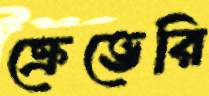
ক্রেভেরি